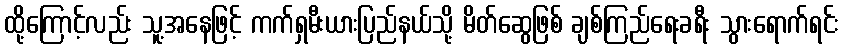
ထို့ကြောင့်လည်း သူ့အနေဖြင့် ကက်ရှမီးယားပြည်နယ်သို့ မိတ်ဆွေဖြစ် ချစ်ကြည်ရေးခရီး သွားရောက်ရင်း